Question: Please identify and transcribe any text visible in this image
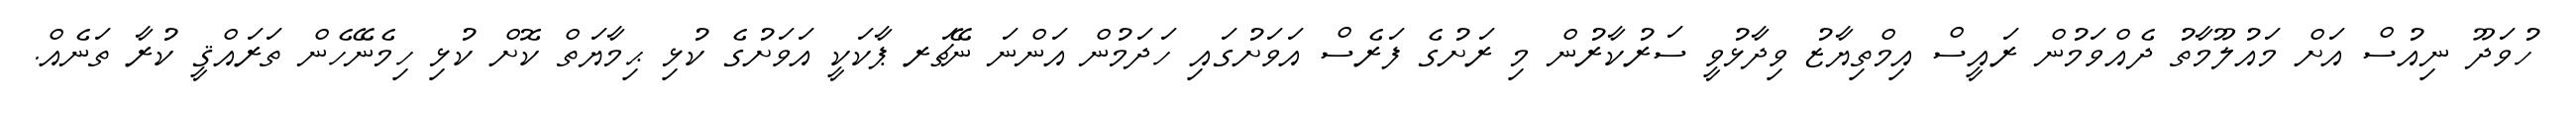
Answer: ހުވަދޫ ނިއުސް އަށް މައުލޫމާތު ދެއްވަމުން ރައީސް އިމްތިޔާޒު ވިދާޅުވީ ސަރުކާރުން މި ރަށުގެ ފަރެސް އަވަށުގައި ހަދަމުން އަންނަ ނޭޗަރ ޕާކަކީ އަވަށުގެ ކުޅި ޙިމާޔަތް ކޮށް ކުޅި ހިމެނޭހެން ތަރައްޤީ ކުރާ ތަނެއް.